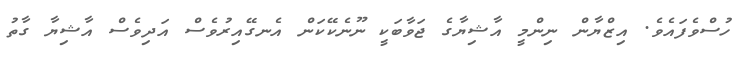
ހުސްވެފައެވެ. އިޒްޔާން ނިންމީ އާޝިޔާގެ ޖަވާބަކީ ނޫނެކޭކަން އެނގޭއިރުވެސް އަދިވެސް އާޝިޔާ ގާތު